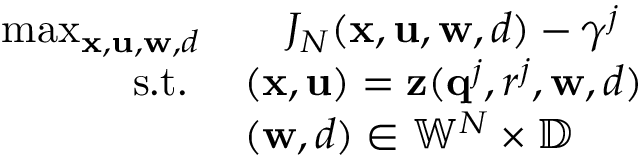
\begin{array} { r l } { \operatorname* { m a x } _ { \mathbf { x } , \mathbf { u } , \mathbf { w } , d } } & { \quad J _ { N } ( \mathbf { x } , \mathbf { u } , \mathbf { w } , d ) - \gamma ^ { j } } \\ { \quad \mathrm { s . t . ~ } } & { ( \mathbf { x } , \mathbf { u } ) = \mathbf { z } ( \mathbf { q } ^ { j } , r ^ { j } , \mathbf { w } , d ) } \\ & { ( \mathbf { w } , d ) \in \mathbb { W } ^ { N } \times \mathbb { D } } \end{array}